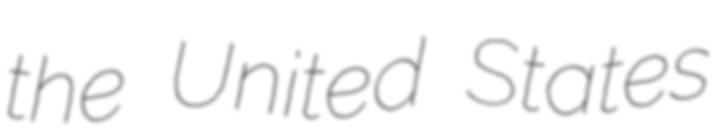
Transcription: the United States